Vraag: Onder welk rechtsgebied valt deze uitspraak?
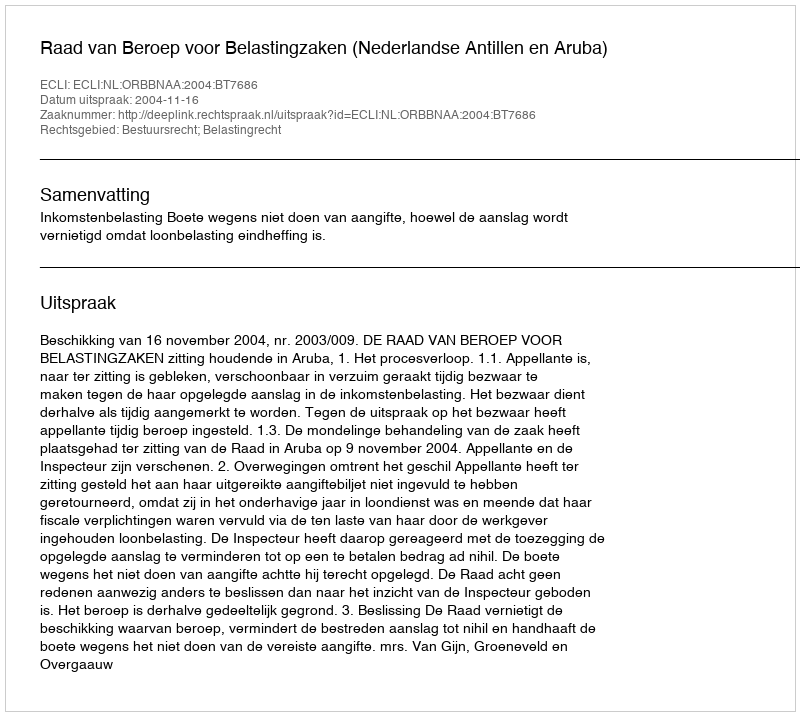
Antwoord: Bestuursrecht; Belastingrecht